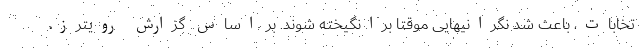
تخابات، باعث شد نگرانیهایی موقتا برانگیخته شوند. بر اساس گزارش رویترز،